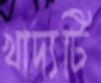
খাদ্যটি